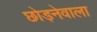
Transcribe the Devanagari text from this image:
छोड़नेवाला